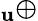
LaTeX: _\mathbf{u}\oplus